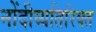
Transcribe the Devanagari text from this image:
नोंदीव्यतिरिक्त